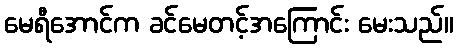
မေရီအောင်က ခင်မေတင့်အကြောင်း မေးသည်။